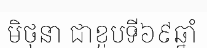
មិថុនា ជាខួបទី៦៩ឆ្នាំ